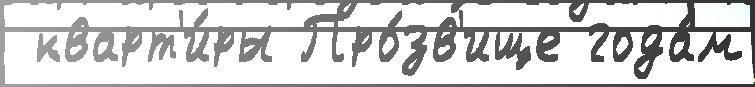
 кварт'и́ры Про́зв'ище года́м